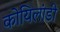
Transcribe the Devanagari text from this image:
कोयिलांडी